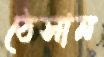
ঠেসান